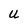
Character: U